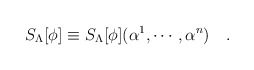
\begin{align*}S_\Lambda[\phi]\equiv S_\Lambda[\phi]( \alpha^1,\cdots,\alpha^n)\quad.\end{align*}